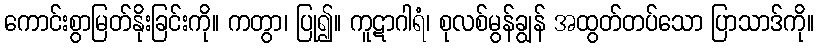
ကောင်းစွာမြတ်နိုးခြင်းကို။ ကတွာ၊ ပြု၍။ ကူဋာဂါရံ၊ စုလစ်မွန်ချွန် အထွတ်တပ်သော ပြာသာဒ်ကို။